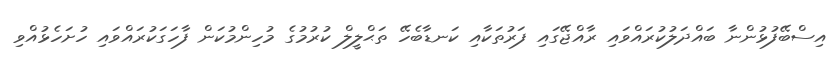
އިސްބޭފުޅުންނާ ބައްދަލުކުރައްވައި ރާއްޖޭގައި ފަރުތަކާއި ކަނޑާބެހޭ ތަޙްލީލް ކުރުމުގެ މުހިންމުކަން ފާހަގަކުރައްވައި ހުށަހެޅުއްވި